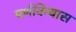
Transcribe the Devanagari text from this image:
पर्णविन्यास